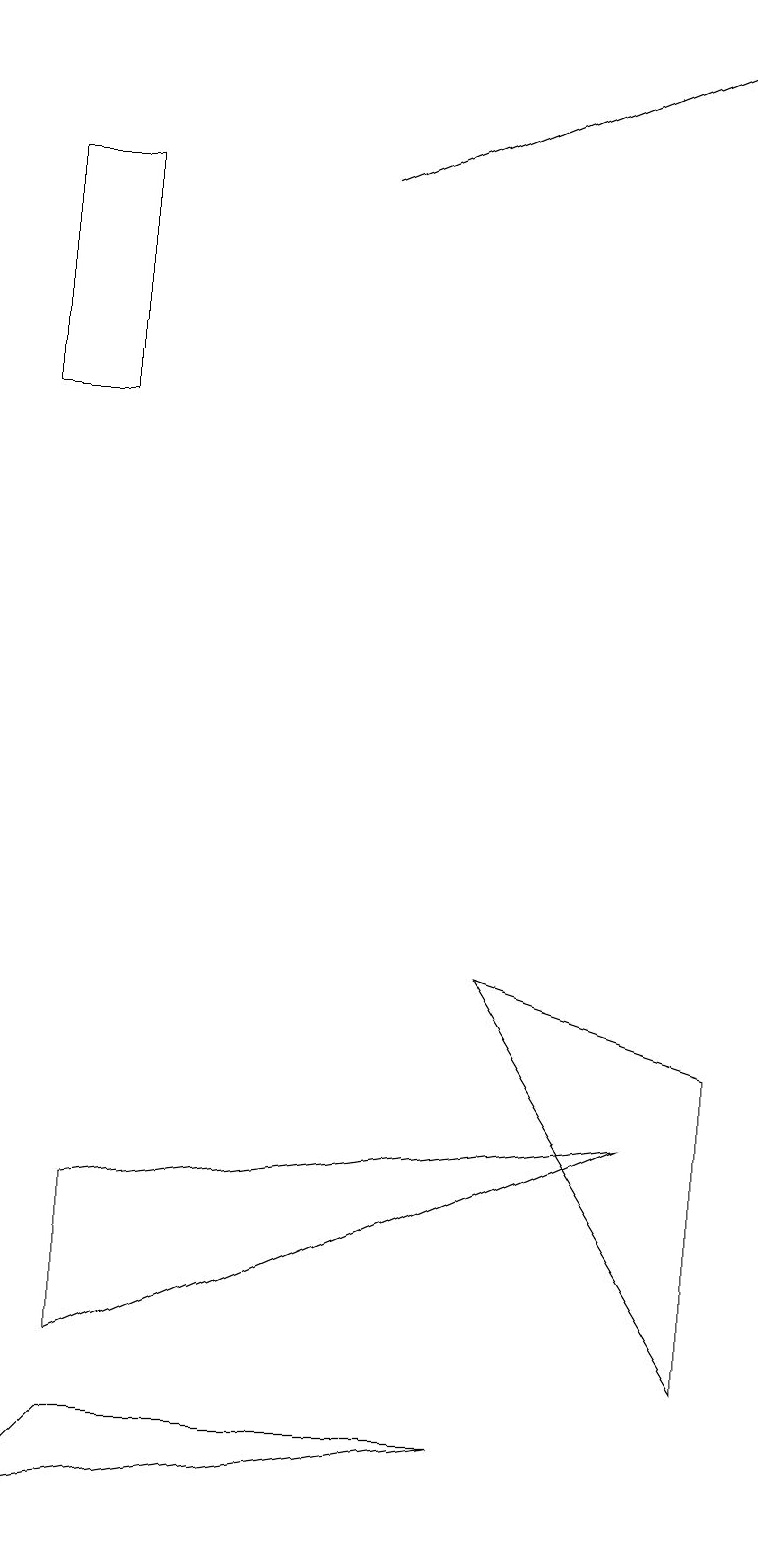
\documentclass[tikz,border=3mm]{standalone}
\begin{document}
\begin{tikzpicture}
\draw[->] (4,17) -- (9,19);
\draw (8,5) -- (1,2) -- (1,4) -- cycle;
\draw (9,2) -- (9,6) -- (6,7) -- cycle;
\draw (0,0) -- (6,1) -- (1,1) -- cycle;
\draw (0,17) rectangle (1,14);
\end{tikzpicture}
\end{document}